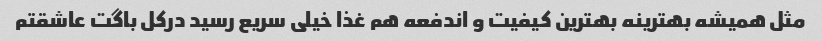
مثل همیشه بهترینه بهترین کیفیت و اندفعه هم غذا خیلی سریع رسید درکل باگت عاشقتم